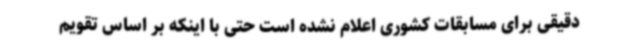
دقیقی برای مسابقات کشوری اعلام نشده است حتی با اینکه بر اساس تقویم